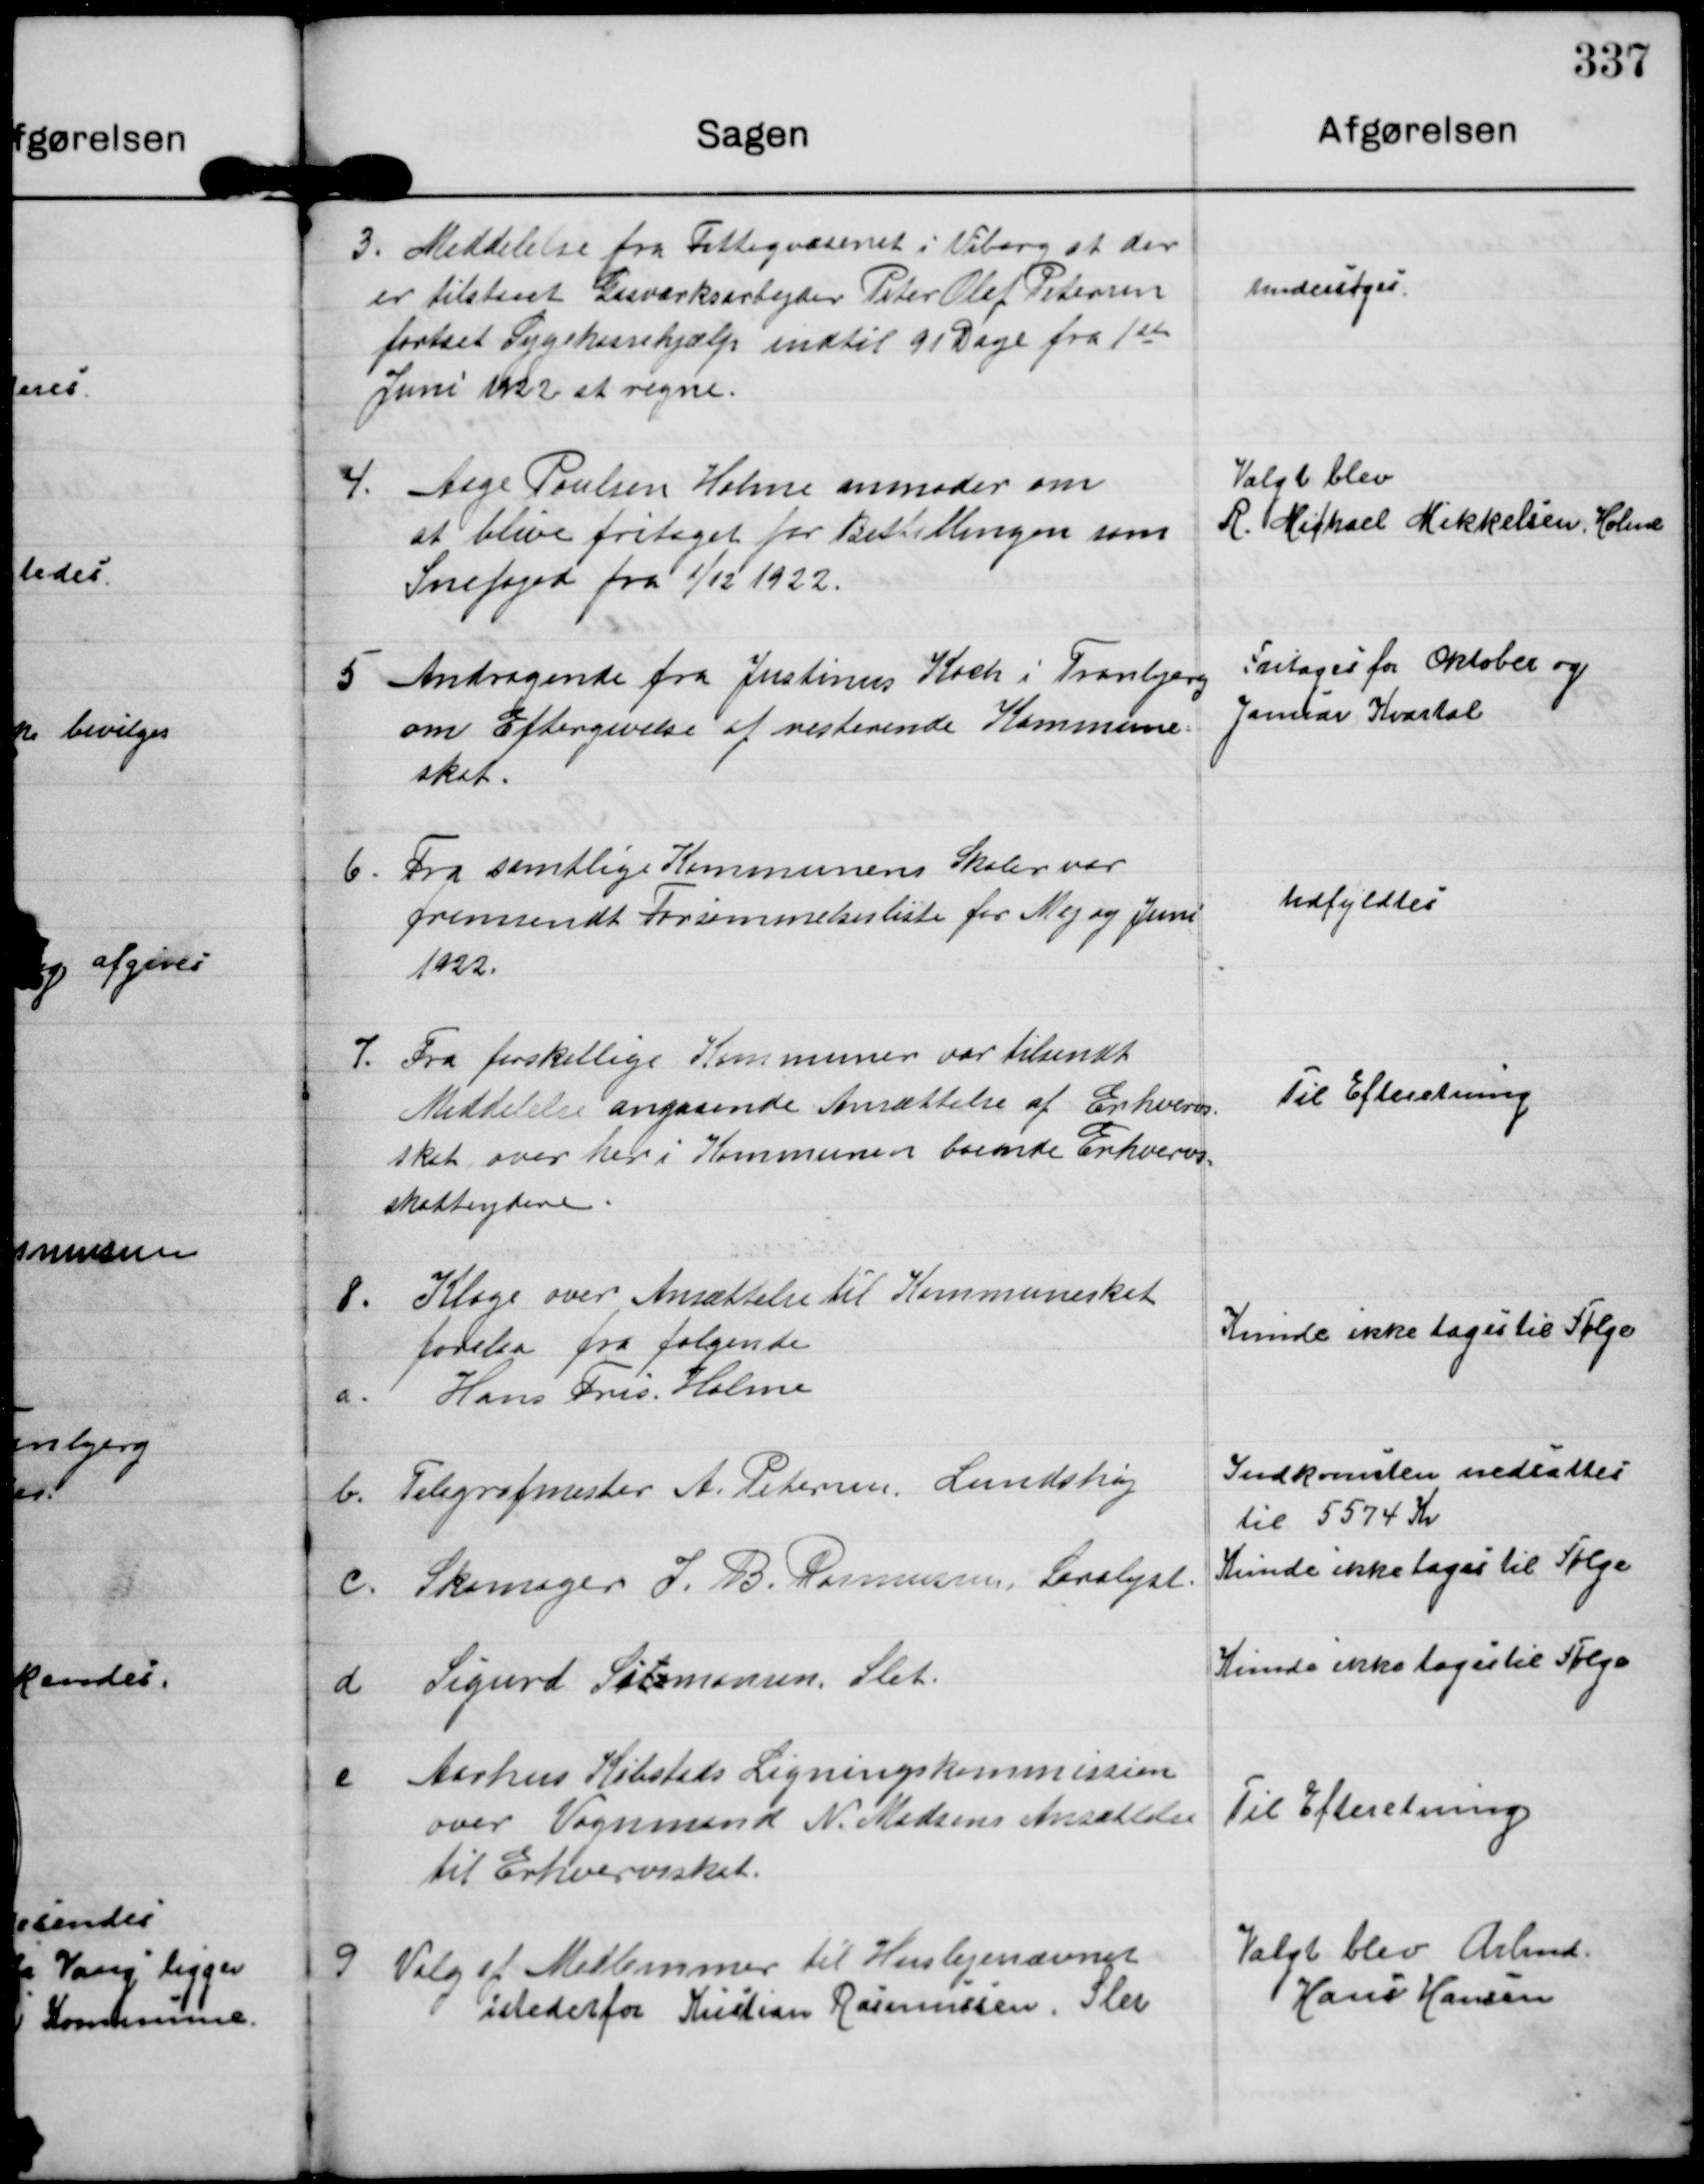
Transskription:
3. Meddelelse fra Fattigvæsenet i Viborg at der
er tilstaet Gasværksarbejder Peter Olaf Pedersen
fortsat Sygehushjælp indtil 91 Dage fra 1ste
Juni 1922 at regne.

Undersøges.

4. Aage Poulsen Holme anmoder om
at blive fritaget for Bestillingen som
Snefoged fra 1/12 1922..

Valgt blev
R. Michael Mikkelsen, Holme

5 Andragende fra Justinus Koch i Tranbjerg
om Eftergivelse at resterende Kommune
skat.

Fritages for Oktober og
Januar Kvartal

6. Fra samtlige Kommunens Skoler var
fremsendt Forsømmelsesliste for Maj og Juni
1922.

Udfyldtes.

7. Fra forskellige Kommuner var tilsendt
Meddelelse angaaende Ansættelse af Erhvervs-
skat over her i Kommunen boende Erhvervs-
skatteydere.

Til Efteretning

8. Klage over Ansættelse til Kommuneskat
forelsa fra følgende

a. Hans Fris, Holme

Kunde ikke tages til Følge

b. Telegrafmester A. Petersen, Lundshøj

Indkomsten nedsættes
til 5574 Kr

c. Skomager J. B. Rasmussen, Saralyst

Kunde ikke tages til Følge

d Sigurd Silomonsen, Slet

Kunde ikke tages til Følge

e. Aarhus Købstads Ligningskommission
over Vognmand N. Madsens Ansættelse
til Erhvervsskat.

Til Efteretning.

9 Valg af Medlemmer til Huslejenævnet.
istedet for Kristian Rasmussen, Slet

Valgt blev Arbmd
Hans Hansen